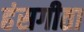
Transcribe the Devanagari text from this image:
हंसगीता